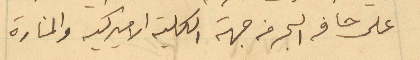
على حافه البحر من جهة الكلية الاميركية والمنارة